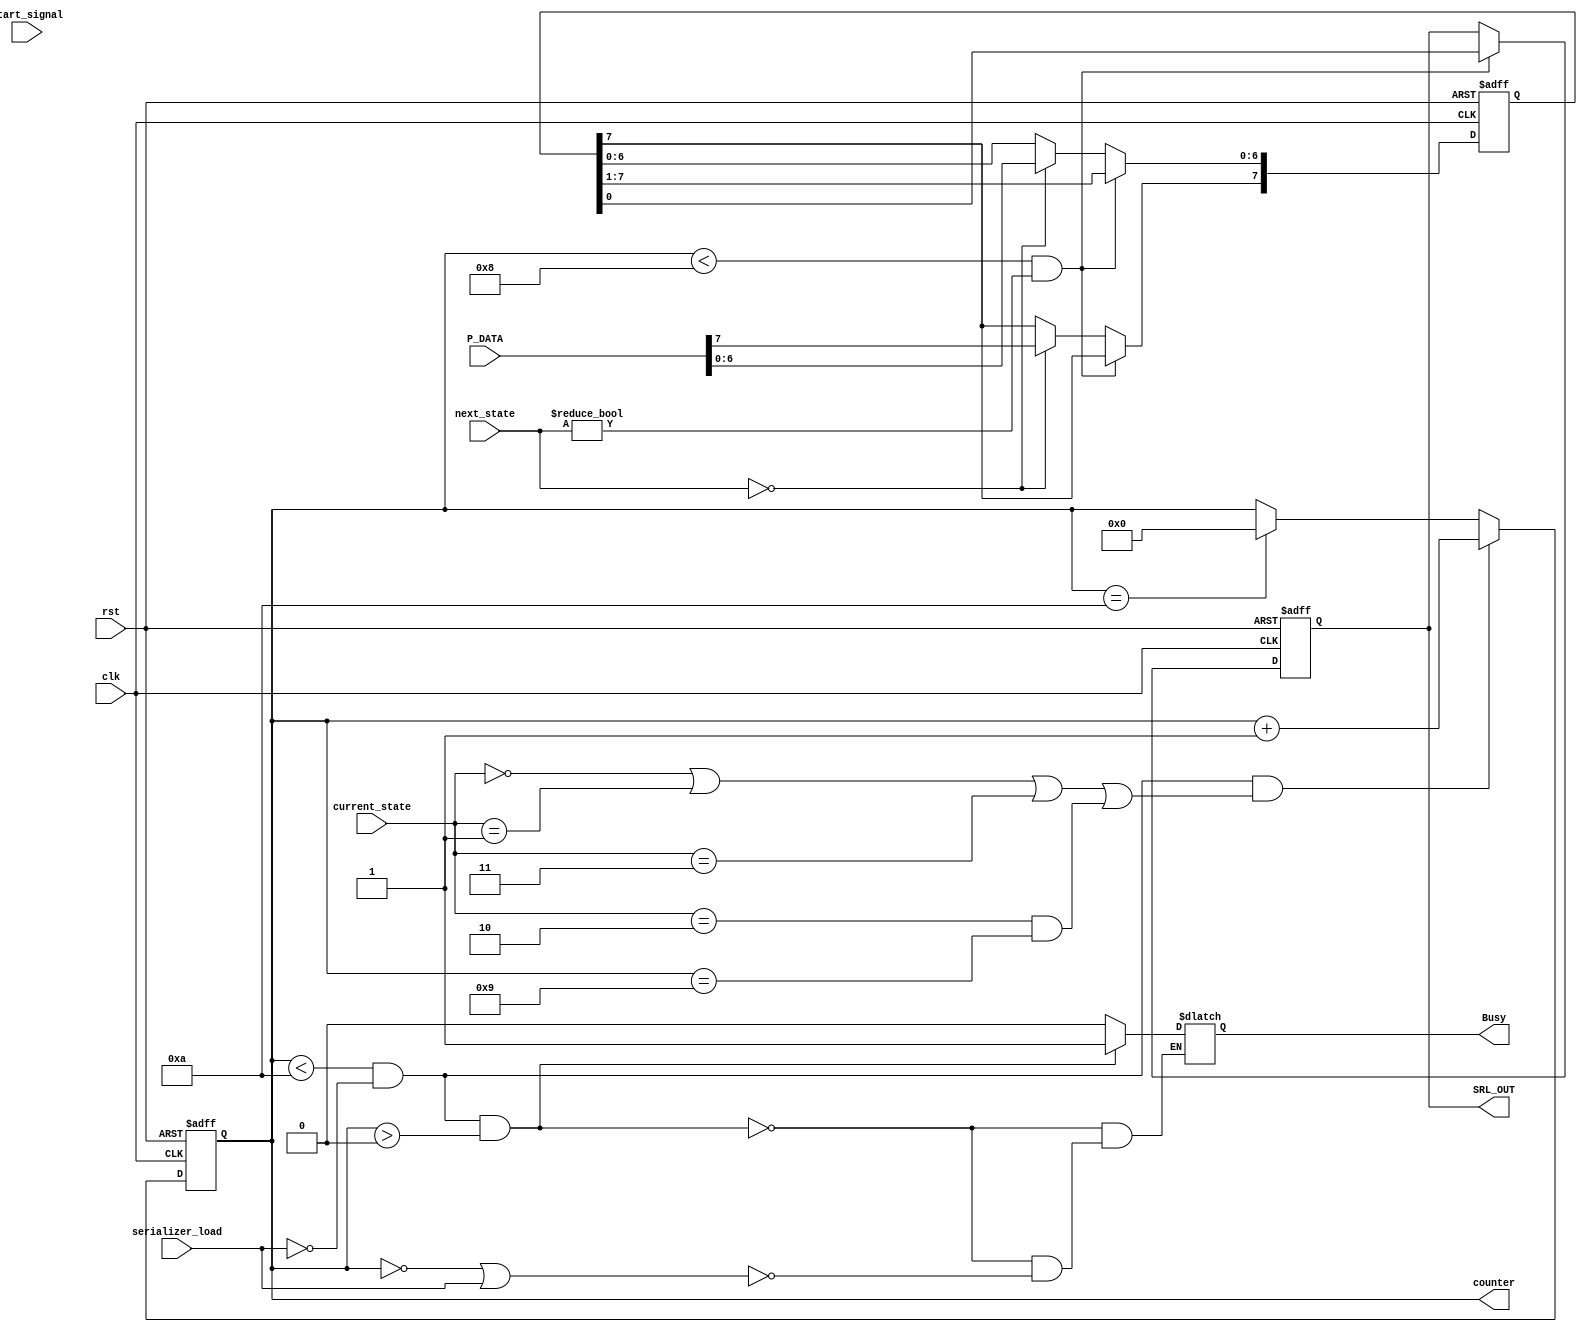
//1-make busy output and edit the code according to that
//2- busy && !serializer_load
//3- generate busy

module serializer #(  //passed testing
    parameter 
    WIDTH=8,

    LIFT_SER_LOAD=0,
    SEL_START=1,
    SEL_STP=2,
    SEL_SRL=3,
    SEL_PAR=4
) (
    input [WIDTH-1 : 0]  P_DATA,
    input                serializer_load,
    input                start_signal,
    input [2:0]          current_state,
    input [2:0]          next_state,

    input clk ,
    input rst ,

    output  reg          Busy,
    output  reg          SRL_OUT,
//    output  reg          SRL_done,
    output reg [3:0]     counter
);

reg [WIDTH-1 : 0] prallel_serial_reg;


//prallel_serial_reg && SRL_OUT assigning block
always @(posedge clk or negedge rst) 
begin
    if(!rst)
    begin
        prallel_serial_reg<=0;
        SRL_OUT<=0;
    end
    
    //we could have used Busy inside this condition 
    //but Busy is 1 not only during transmmision but also during start bit
    else if(counter < WIDTH && next_state != LIFT_SER_LOAD) //??
    begin
        {prallel_serial_reg[6:0],SRL_OUT}<= prallel_serial_reg;
    end

    else if(next_state == LIFT_SER_LOAD)
    begin
        prallel_serial_reg<=P_DATA;
    end
end




//Busy assigning block
always @(*) 
begin
  
  if(counter < WIDTH+2 && !serializer_load && counter>0) 
      begin
        Busy=1;
      end


  else if(counter == 0 || serializer_load) 
      begin  
        Busy=0;
      end

  // else
  //    begin
  //     Busy=1;
  //    end

end


//counter assigning blocks
always @(posedge clk or negedge rst) 
begin
    if(!rst)
    begin
        counter<=0;
    end

    else
    begin
     //if serializer_load is 0  ,SRL_done will not change  
     
     if(counter < WIDTH+2 && !serializer_load  //DON'T FORGET TO EDIT
     && (current_state == LIFT_SER_LOAD ||current_state == SEL_START || current_state == SEL_SRL || (current_state == SEL_STP && counter == WIDTH+1)))
      begin
        counter<=counter+1;
      end

     else if(counter == WIDTH+2) // srl_done must not be1 until parity bit is sent
      begin  //at this time FSM will set serializer load to 1
        counter<=0;
      end
    end
end

endmodule